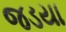
જડયા